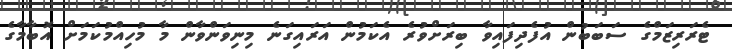
ޓެރަރިޒަމްގެ ސަބަބުން އުފެދިފައިވާ ބިރަށްވުރެ އެކަމުން އަރައިގަނެ މިނިވަންވާން މާ މުހިއްމުކަމަށް އޮބާމާގެ